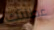
عطلتك